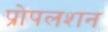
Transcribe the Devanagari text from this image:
प्रोपलशन